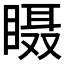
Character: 𱳅